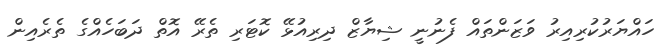
ހައްޔަރުކުރިއިރު ވަޒަންތައް ފެނުނީ ޝިޔާޒް ދިރިއުޅޭ ކޮޓަރި ތެރޭ އޮތް ދަބަހެއްގެ ތެރެއިން